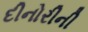
દીનોરીની